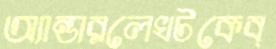
অ্যান্ডারলেখটকেব্